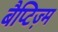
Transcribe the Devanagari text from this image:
बैप्टिज़्म